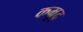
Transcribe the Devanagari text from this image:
कम्रुद्